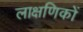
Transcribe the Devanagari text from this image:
लाक्षणिकों